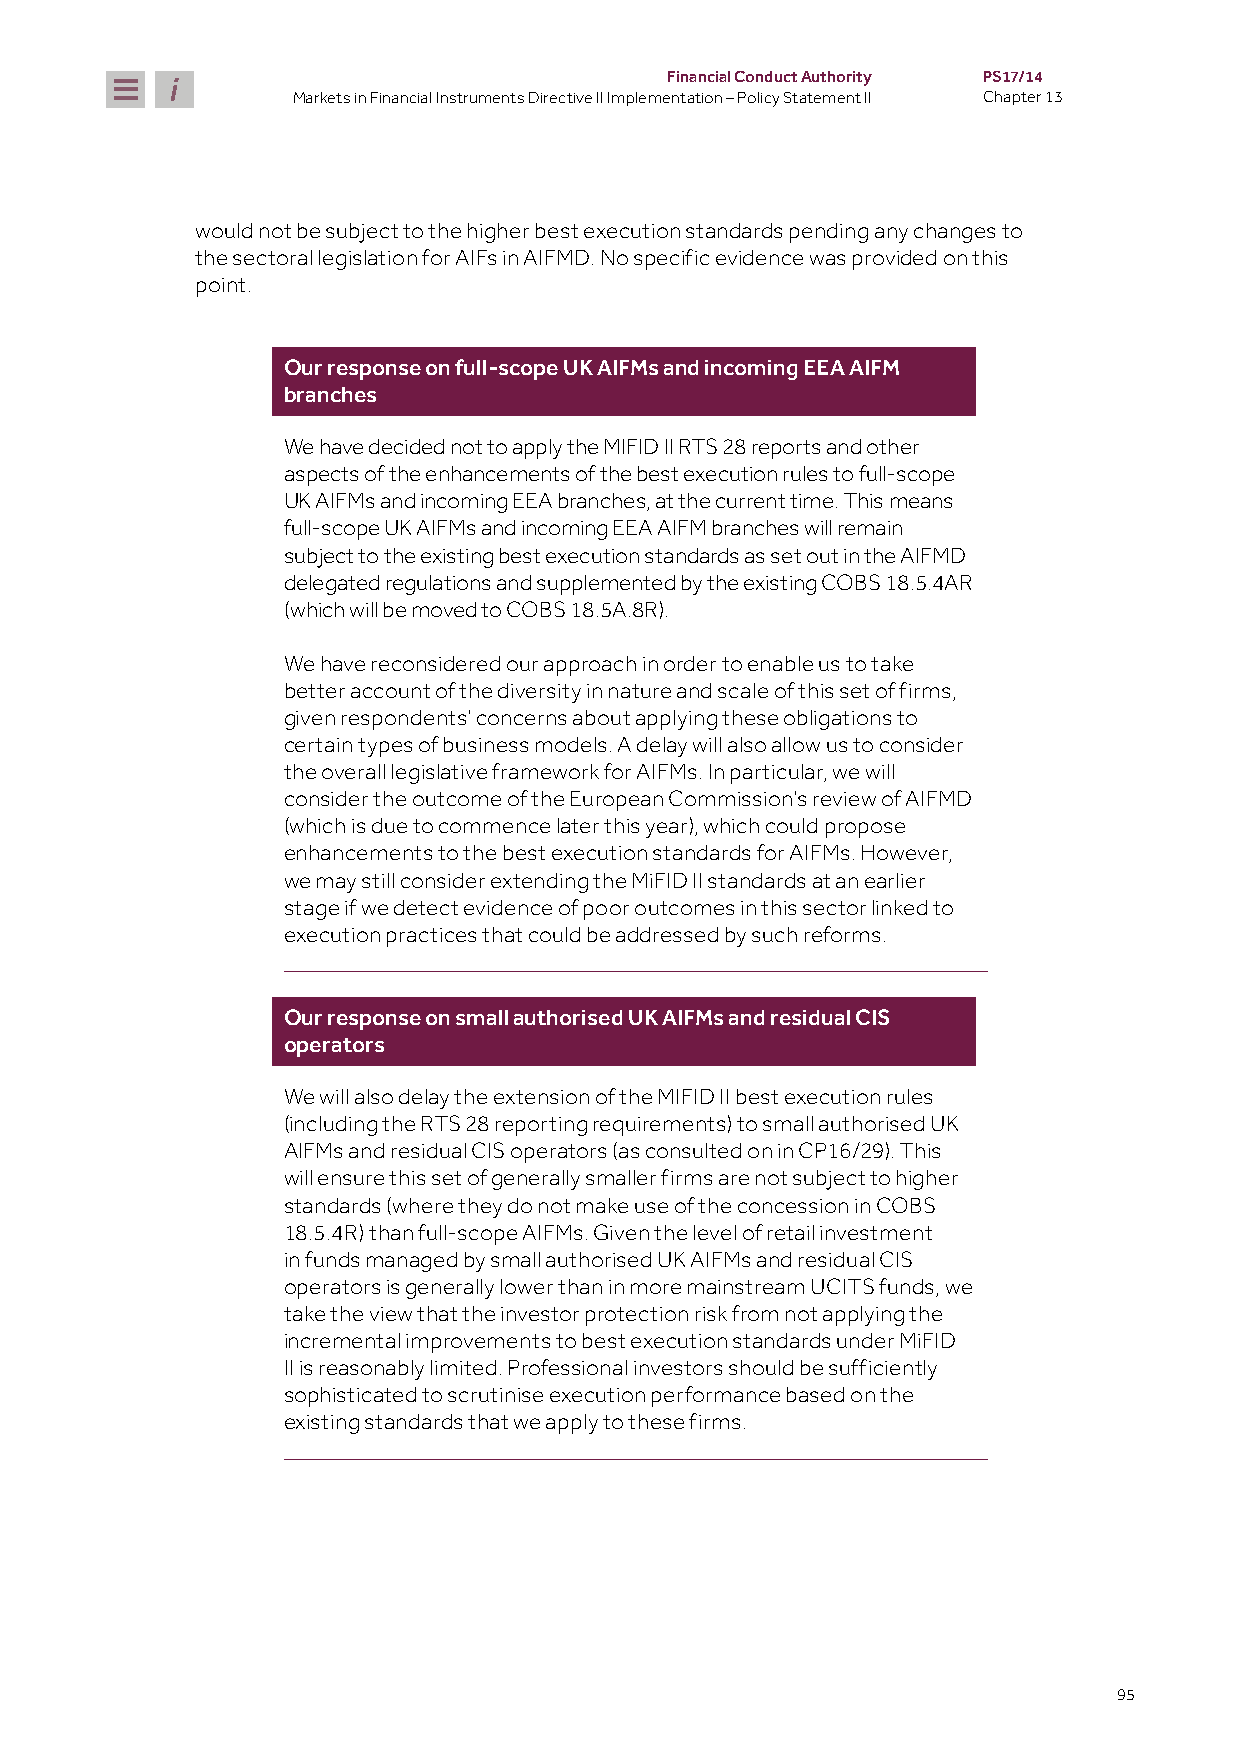
Financial Conduct Authority PS17/14
 Markets in Financial Instruments Directive II Implementation – Policy Statement II Chapter 13
 would not be subject to the higher best execution standards pending any changes to
 the sectoral legislation for AIFs in AIFMD. No specific evidence was provided on this
 point.
 Our response on full-scope UK AIFMs and incoming EEA AIFM
 branches
 We have decided not to apply the MIFID II RTS 28 reports and other
 aspects of the enhancements of the best execution rules to full-scope
 UK AIFMs and incoming EEA branches, at the current time. This means
 full-scope UK AIFMs and incoming EEA AIFM branches will remain
 subject to the existing best execution standards as set out in the AIFMD
 delegated regulations and supplemented by the existing COBS 18.5.4AR
 (which will be moved to COBS 18.5A.8R).
 We have reconsidered our approach in order to enable us to take
 better account of the diversity in nature and scale of this set of firms,
 given respondents’ concerns about applying these obligations to
 certain types of business models. A delay will also allow us to consider
 the overall legislative framework for AIFMs. In particular, we will
 consider the outcome of the European Commission’s review of AIFMD
 (which is due to commence later this year), which could propose
 enhancements to the best execution standards for AIFMs. However,
 we may still consider extending the MiFID II standards at an earlier
 stage if we detect evidence of poor outcomes in this sector linked to
 execution practices that could be addressed by such reforms.
 Our response on small authorised UK AIFMs and residual CIS
 operators
 We will also delay the extension of the MIFID II best execution rules
 (including the RTS 28 reporting requirements) to small authorised UK
 AIFMs and residual CIS operators (as consulted on in CP16/29). This
 will ensure this set of generally smaller firms are not subject to higher
 standards (where they do not make use of the concession in COBS
 18.5.4R) than full-scope AIFMs. Given the level of retail investment
 in funds managed by small authorised UK AIFMs and residual CIS
 operators is generally lower than in more mainstream UCITS funds, we
 take the view that the investor protection risk from not applying the
 incremental improvements to best execution standards under MiFID
 II is reasonably limited. Professional investors should be sufficiently
 sophisticated to scrutinise execution performance based on the
 existing standards that we apply to these firms.
 95